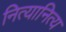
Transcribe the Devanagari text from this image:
नित्यानित्य